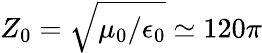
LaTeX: Z_{0}=\sqrt{\mu_{0}/\epsilon_{0}}\simeq 120\pi